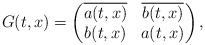
\begin{align*} G(t, x) = \begin{pmatrix} \overline {a (t, x) } & \overline {b (t, x) } \\ b(t,x) & a (t, x) \\ \end{pmatrix},\end{align*}